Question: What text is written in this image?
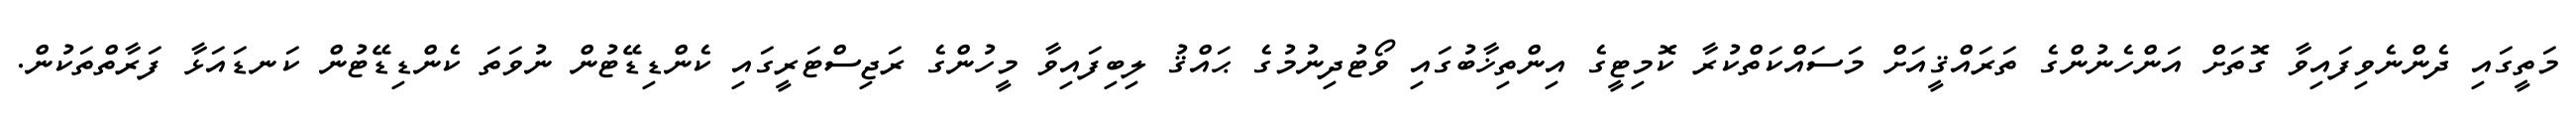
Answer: މަތީގައި ދެންނެވިފައިވާ ގޮތަށް އަންހެނުންގެ ތަރައްޤީއަށް މަސައްކަތްކުރާ ކޮމިޓީގެ އިންތިޚާބުގައި ވޯޓުދިނުމުގެ ޙައްޤު ލިބިފައިވާ މީހުންގެ ރަޖިސްޓަރީގައި ކެންޑިޑޭޓުން ނުވަތަ ކެންޑިޑޭޓުން ކަނޑައަޅާ ފަރާތްތަކުން.